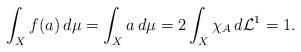
LaTeX: \begin{align*}\int_{X}f(a)\,d\mu=\int_{X}a\,d\mu= 2\int_X\chi_A\,d\mathcal L^1=1.\end{align*}